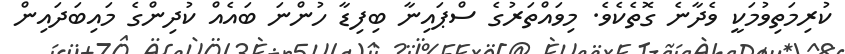
ކުރިމަތިވުމަކީ ވެދާނެ ގޮތެކެވެ. މިވައްތަރުގެ ސްޕައިނާ ބިފިޑާ ހުންނަ ބައެއް ކުދިންގެ މައިބަދައިން